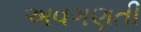
અવગણતી